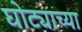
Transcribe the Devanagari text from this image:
घोट्याच्या